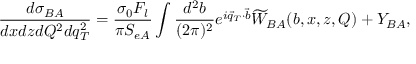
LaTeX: \frac { d \sigma _ { B A } } { d x d z d Q ^ { 2 } d q _ { T } ^ { 2 } } = \frac { \sigma _ { 0 } F _ { l } } { \pi S _ { e A } } \int \frac { d ^ { 2 } b } { ( 2 \pi ) ^ { 2 } } e ^ { i \vec { q } _ { T } \cdot \vec { b } } \widetilde { W } _ { B A } ( b , x , z , Q ) + Y _ { B A } ,